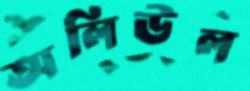
অলিউল